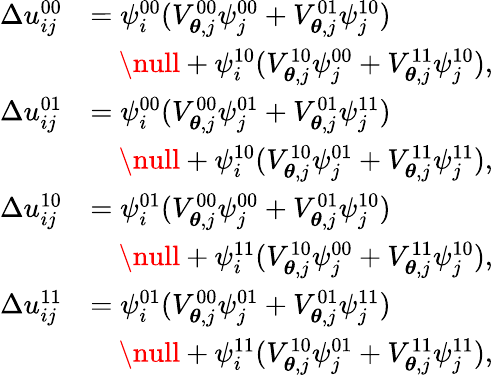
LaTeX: \begin{array}{rl}{\Delta u_{ij}^{00}}&{=\psi_{i}^{00}(V_{\boldsymbol{\theta},j}^{00}\psi_{j}^{00}+V_{\boldsymbol{\theta},j}^{01}\psi_{j}^{10})}\\ &{\quad\null+\psi_{i}^{10}(V_{\boldsymbol{\theta},j}^{10}\psi_{j}^{00}+V_{\boldsymbol{\theta},j}^{11}\psi_{j}^{10}),}\\ {\Delta u_{ij}^{01}}&{=\psi_{i}^{00}(V_{\boldsymbol{\theta},j}^{00}\psi_{j}^{01}+V_{\boldsymbol{\theta},j}^{01}\psi_{j}^{11})}\\ &{\quad\null+\psi_{i}^{10}(V_{\boldsymbol{\theta},j}^{10}\psi_{j}^{01}+V_{\boldsymbol{\theta},j}^{11}\psi_{j}^{11}),}\\ {\Delta u_{ij}^{10}}&{=\psi_{i}^{01}(V_{\boldsymbol{\theta},j}^{00}\psi_{j}^{00}+V_{\boldsymbol{\theta},j}^{01}\psi_{j}^{10})}\\ &{\quad\null+\psi_{i}^{11}(V_{\boldsymbol{\theta},j}^{10}\psi_{j}^{00}+V_{\boldsymbol{\theta},j}^{11}\psi_{j}^{10}),}\\ {\Delta u_{ij}^{11}}&{=\psi_{i}^{01}(V_{\boldsymbol{\theta},j}^{00}\psi_{j}^{01}+V_{\boldsymbol{\theta},j}^{01}\psi_{j}^{11})}\\ &{\quad\null+\psi_{i}^{11}(V_{\boldsymbol{\theta},j}^{10}\psi_{j}^{01}+V_{\boldsymbol{\theta},j}^{11}\psi_{j}^{11}),}\end{array}